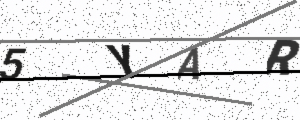
Text: 5YAR